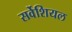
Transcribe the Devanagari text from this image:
सर्वेशियल